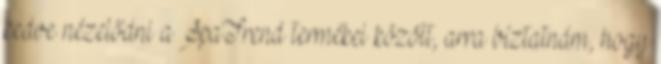
kedve nézelődni a SpaTrend termékei között, arra bíztatnám, hogy